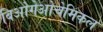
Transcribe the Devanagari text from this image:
बिओगेओचेमिकल